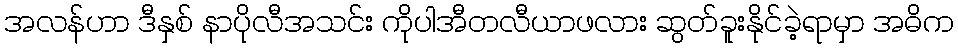
အလန်ဟာ ဒီနှစ် နာပိုလီအသင်း ကိုပါအီတလီယာဖလား ဆွတ်ခူးနိုင်ခဲ့ရာမှာ အဓိက